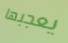
يعجبها